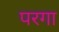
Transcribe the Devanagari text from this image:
परगा